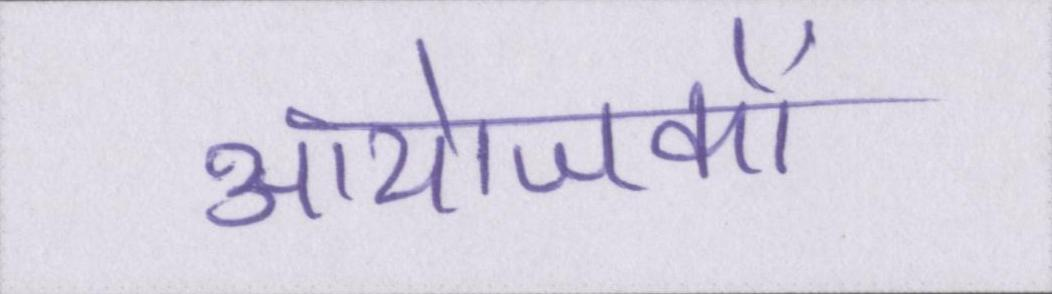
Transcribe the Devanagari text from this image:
आयोजकों